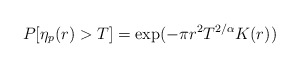
\begin{align*}P[\eta_p(r)>T]=\exp(-\pi r^2 T^{2/\alpha}K(r))\end{align*}